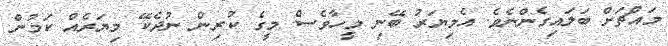
މައްޗަށް ބަލައިގެންނެވެ. އެމިޔަރު ބޭނި މީހާވެސް މީގެ ކުރިން ނުދެކޭ މިޔަރެއް ކަމުން